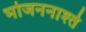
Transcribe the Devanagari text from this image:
भोजननाश्ते